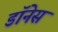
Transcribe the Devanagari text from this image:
डॉनेस